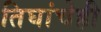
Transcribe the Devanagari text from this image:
तिघांचेही